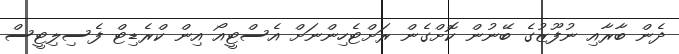
ދެން ބާރާއި ނުފޫޒުގެ ބޭނުން ކޮށްގެން ރަށްޓެހިންނަށް އެސްޓީއޯ އިން ކްރެޑިޓް ފެސިލިޓީސް